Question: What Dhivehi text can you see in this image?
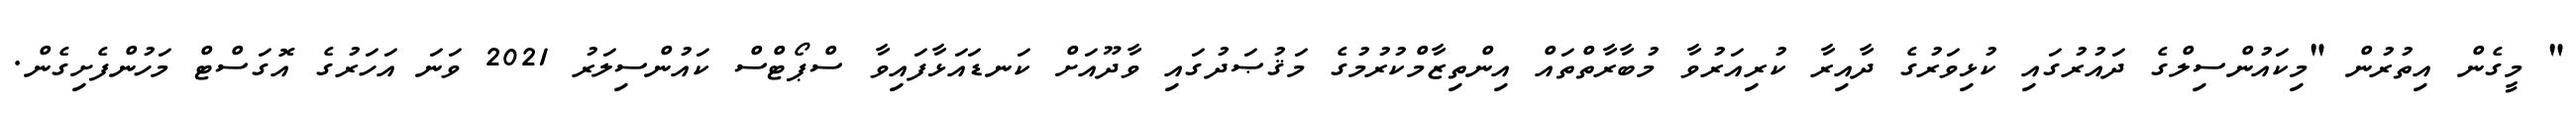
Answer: " މީގެން އިތުރުން "މިކައުންސިލްގެ ދައުރުގައި ކުޅިވަރުގެ ދާއިރާ ކުރިއަރުވާ މުބާރާތްތައް އިންތިޒާމްކުރުމުގެ މަޤުޞަދުގައި ވާދޫއަށް ކަނޑައަޅާފައިވާ ސްޕޯޓްސް ކައުންސިލަރު 2021 ވަނަ އަހަރުގެ އޮގަސްޓް މަހުންފެށިގެން.